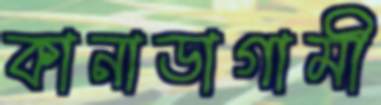
কানাডাগামী